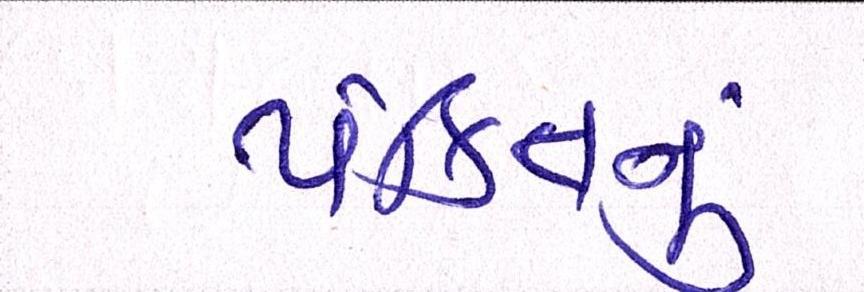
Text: પંક્તિનું